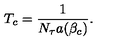
T _ { c } = { \frac { 1 } { N _ { \tau } a ( \beta _ { c } ) } } .